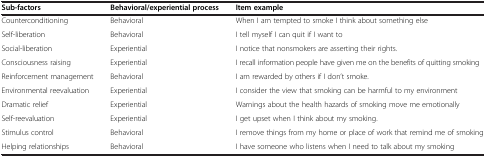
<table><thead><tr><td><b>Sub-factors</b></td><td><b>Behavioral/experiential process</b></td><td><b>Item example</b></td></tr></thead><tbody><tr><td>Counterconditioning</td><td>Behavioral</td><td>When I am tempted to smoke I think about something else</td></tr><tr><td>Self-liberation</td><td>Behavioral</td><td>I tell myself I can quit if I want to</td></tr><tr><td>Social-liberation</td><td>Experiential</td><td>I notice that nonsmokers are asserting their rights.</td></tr><tr><td>Consciousness raising</td><td>Experiential</td><td>I recall information people have given me on the benefits of quitting smoking</td></tr><tr><td>Reinforcement management</td><td>Behavioral</td><td>I am rewarded by others if I don’t smoke.</td></tr><tr><td>Environmental reevaluation</td><td>Experiential</td><td>I consider the view that smoking can be harmful to my environment</td></tr><tr><td>Dramatic relief</td><td>Experiential</td><td>Warnings about the health hazards of smoking move me emotionally</td></tr><tr><td>Self-reevaluation</td><td>Experiential</td><td>I get upset when I think about my smoking.</td></tr><tr><td>Stimulus control</td><td>Behavioral</td><td>I remove things from my home or place of work that remind me of smoking</td></tr><tr><td>Helping relationships</td><td>Behavioral</td><td>I have someone who listens when I need to talk about my smoking</td></tr></tbody></table>